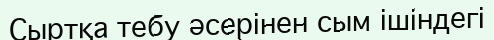
Сыртқа тебу әсерінен сым ішіндегі